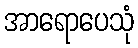
အာရောပေသုံ